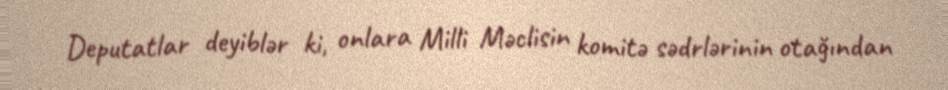
Deputatlar deyiblər ki, onlara Milli Məclisin komitə sədrlərinin otağından